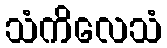
သံကိလေသံ